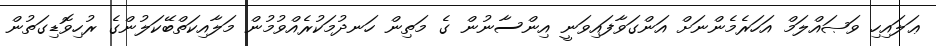
ޢަލައިހި ވަޞައްލަމް އަހަރެމެންނަށް އަންގަވާފައިވަނީ އިންސާނުން ގެ މަތިން ހަނދުމަކުރެއްވުމުން މަލާއިކަތްބޭކަލުންގެ ރުހިވޮޑިގަތުން